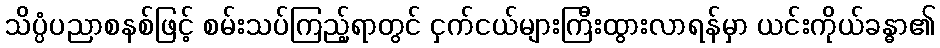
သိပ္ပံပညာစနစ်ဖြင့် စမ်းသပ်ကြည့်ရာတွင် ငှက်ငယ်များကြီးထွားလာရန်မှာ ယင်းကိုယ်ခန္ဓာ၏